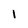
Character: 1